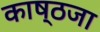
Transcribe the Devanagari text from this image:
काष्ठजा